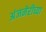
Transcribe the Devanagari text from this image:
अंजनेरीच्या